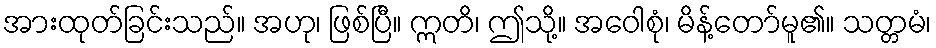
အားထုတ်ခြင်းသည်။ အဟု၊ ဖြစ်ပြီ။ ဣတိ၊ ဤသို့။ အဝေါစုံ၊ မိန့်တော်မူ၏။ သတ္တမံ၊